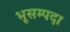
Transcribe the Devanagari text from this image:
भूसम्पदा